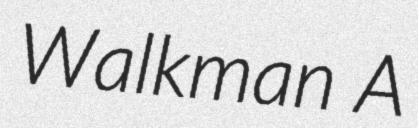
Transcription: Walkman A